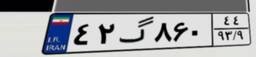
۶۱گ۶۳۰۳۸